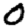
Digit: 0